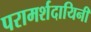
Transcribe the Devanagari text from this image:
परामर्शदायिनी